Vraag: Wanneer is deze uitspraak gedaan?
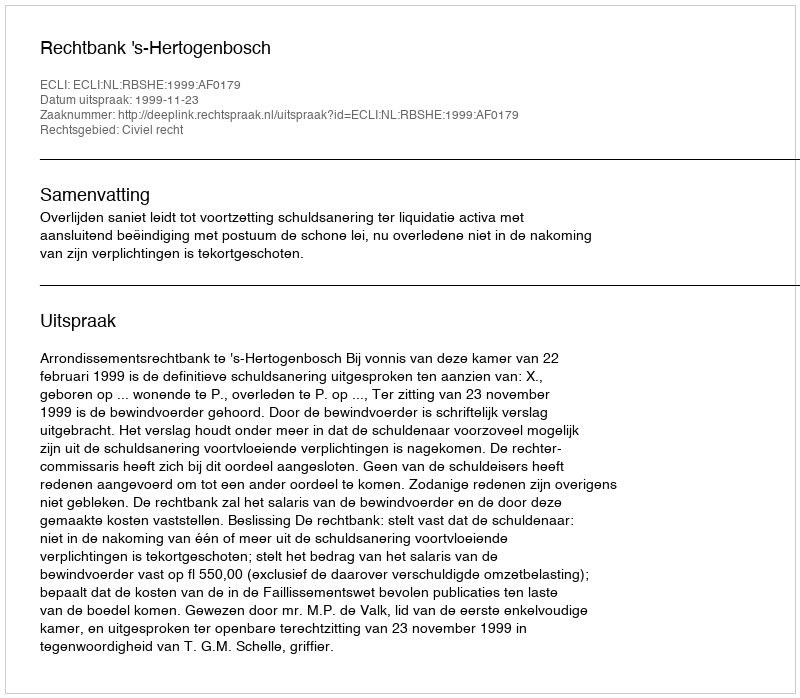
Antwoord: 1999-11-23